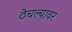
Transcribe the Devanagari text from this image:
ठेचल्यावर